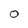
Character: O